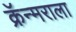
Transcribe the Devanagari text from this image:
क्रॅन्मराला